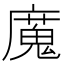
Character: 𫸄